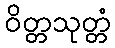
ဝိတ္တသုတ္တံ